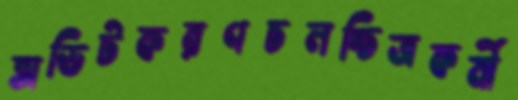
অডিটকরণচলচ্চিত্রকর্মী